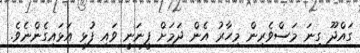
ގައްދޫ ގިނަ މަސްވެރިން މިހާރު އެން ދަމަށް ފީނަނީ ވައި ފުޅި އަޅައިގެންނެވެ.